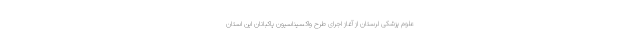
علوم پزشکی لرستان از آغاز اجرای طرح واکسیناسیون پاکبانان این استان